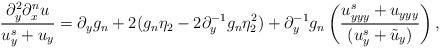
LaTeX: \begin{align*}\frac{{\partial^2_{y}{\partial^n_x u}}}{u^s_y + {u}_y} = \partial_y g_n + 2(g_n \eta_2 - 2 \partial^{-1}_y g_n \eta_2^2) + \partial^{-1}_y g_n \left(\frac{u_{yyy}^s + {u}_{yyy}}{(u^s_y + \tilde{u}_y)}\right),\end{align*}